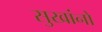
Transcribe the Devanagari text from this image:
सुखांनो